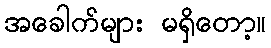
အခေါက်များ မရှိတော့။